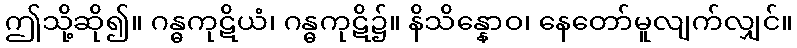
ဤသို့ဆို၍။ ဂန္ဓကုဋိယံ၊ ဂန္ဓကုဋိ၌။ နိသိန္နောဝ၊ နေတော်မူလျက်လျှင်။